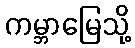
ကမ္ဘာမြေသို့